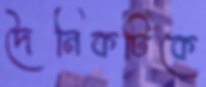
দৈনিকটিকে